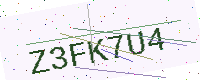
Text: Z3FK7U4